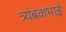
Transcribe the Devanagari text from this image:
त्र्यंबकभाई